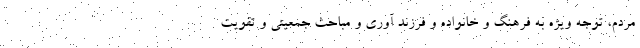
مردم، توجه ویژه به فرهنگ و خانواده و فرزند آوری و مباحث جمعیتی و تقویت